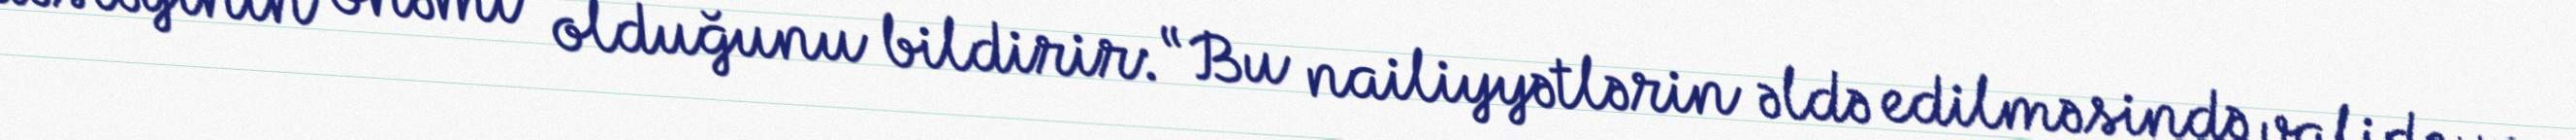
dəstəyinin önəmi olduğunu bildirir: “Bu nailiyyətlərin əldə edilməsində valideyn